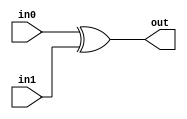
`timescale 1ns / 1ps
//////////////////////////////////////////////////////////////////////////////////


module xoor(
            input in0,
            input in1,
            output out
    );
    assign out=in0^in1;
endmodule